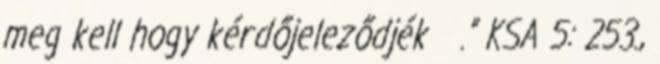
meg kell hogy kérdőjeleződjék .” KSA 5: 253.,